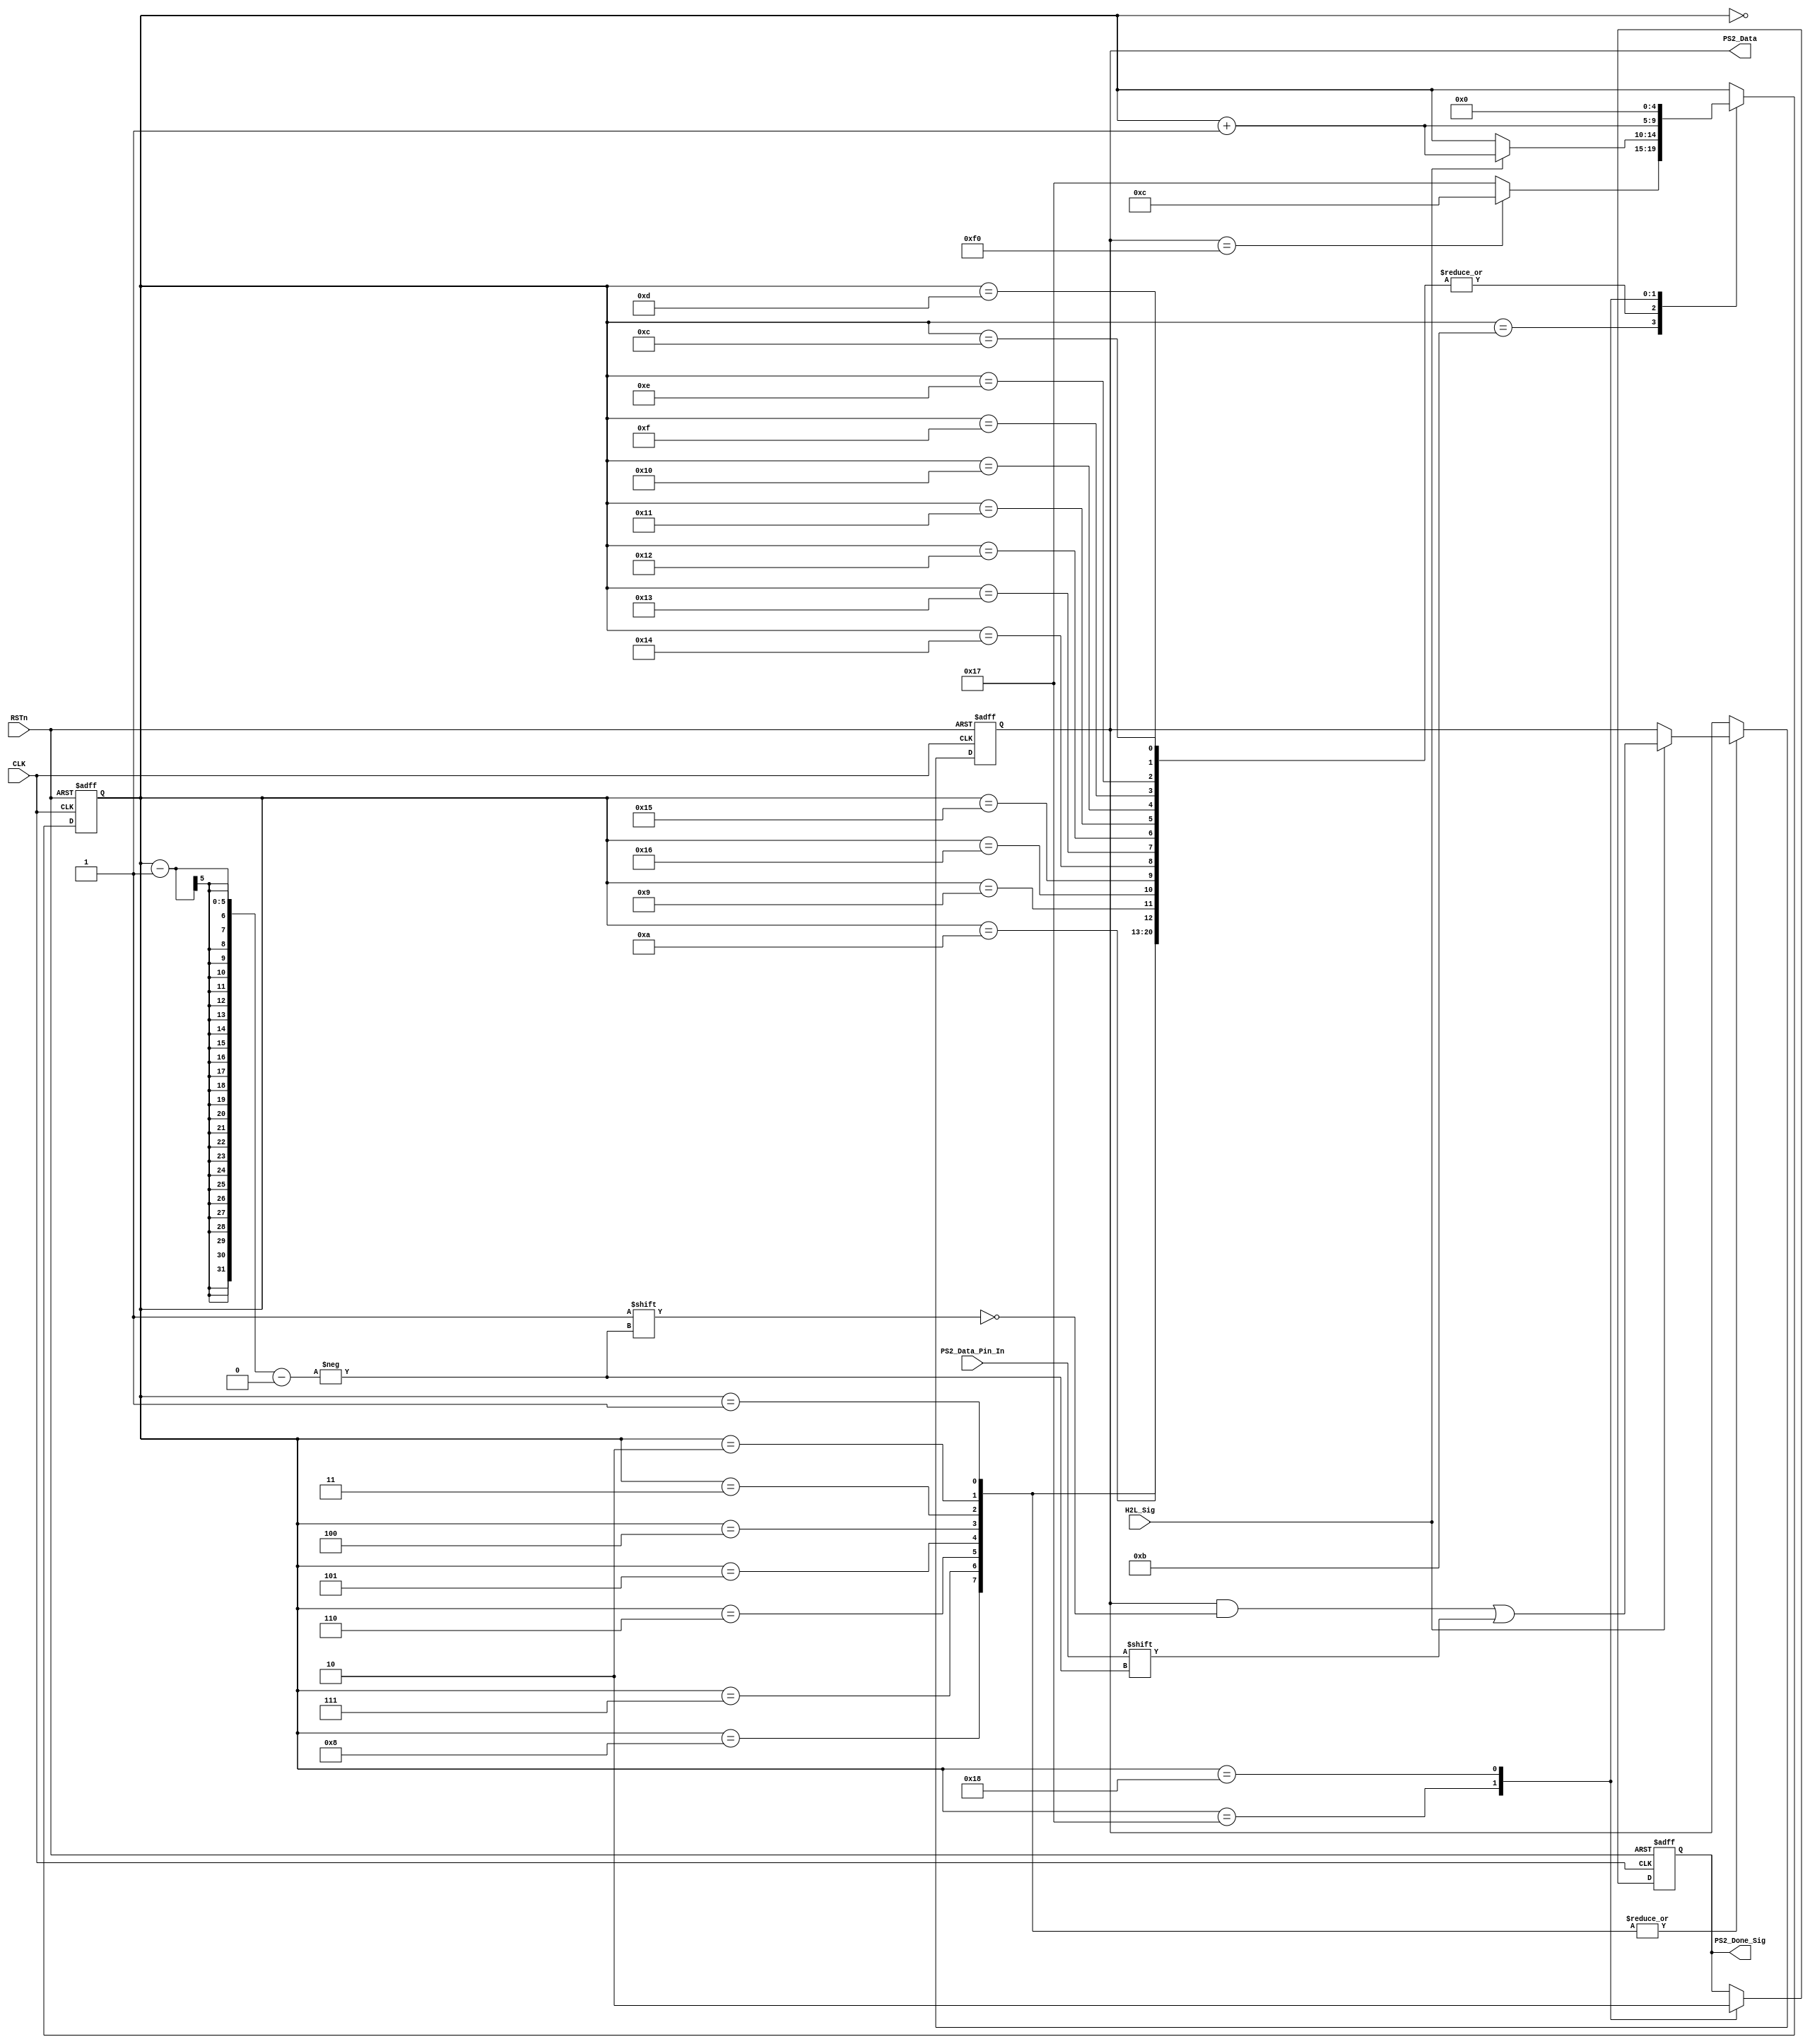
/////////////////////////////////////
//// PS2_DECODE_MODULE.v
//// 				ZHAOCHAO
//// 					2016-11-14
/////////////////////////////////////////////////////
////

module PS2_DECODE_MODULE
(
	CLK, RSTn,
	H2L_Sig, PS2_Data_Pin_In,
	PS2_Data, PS2_Done_Sig
);

	input CLK;
	input RSTn;
	input H2L_Sig;
	input PS2_Data_Pin_In;
	output [7:0]PS2_Data;
	output PS2_Done_Sig;
	
	////////////////////////////
	
	reg [7:0]rData;
	reg [4:0]rIndex;
	reg isShift;
	reg isDone;
	
	always@(posedge CLK or negedge RSTn)
		if(!RSTn)
			begin
				rData <= 8'd0;
				rIndex <= 5'd0;
				isDone <= 1'b0;
			end 
		else 
			case(rIndex)
				5'd0:
					if(H2L_Sig)
						rIndex <= rIndex + 1'b1;
						
				5'd1, 5'd2, 5'd3, 5'd4, 
				5'd5, 5'd6, 5'd7, 5'd8:
					if (H2L_Sig)
						begin	
							rIndex <= rIndex + 1'b1;
							rData[rIndex -1] <= PS2_Data_Pin_In;
						end
				
				5'd9, 5'd10:
					if (H2L_Sig)
						rIndex <= rIndex + 1'b1;
						
				5'd11:
					if (rData == 9'hf0) 
						rIndex <= 5'd12; 
					else 
						rIndex <= 5'd23;
						
				5'd12, 5'd13, 5'd14, 5'd15, 
				5'd16, 5'd17, 5'd18, 5'd19,
				5'd20, 5'd21, 5'd22:
					if (H2L_Sig)
						rIndex <= rIndex + 1'b1;
						
				5'd23:
					begin
						rIndex <= rIndex + 1'b1;
						isDone <= 1'b1;
					end
				
				5'd24:
					begin
						rIndex <= 5'd0;
						isDone <= 1'b0;
					end
			endcase
		
		
	///////////////////////////////////////////////////////
	
	assign PS2_Data = rData;
	assign PS2_Done_Sig = isDone;
	
endmodule